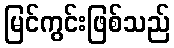
မြင်ကွင်းဖြစ်သည်